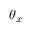
\theta _ { x }